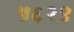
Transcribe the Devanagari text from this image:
५६२९